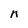
Character: n